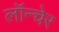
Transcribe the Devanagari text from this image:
लॉन्चेर